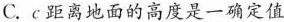
C.c距离地面的高度是一确定值